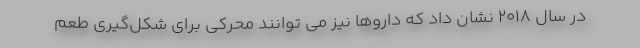
در سال 2018 نشان داد که داروها نیز می توانند محرکی برای شکل‌گیری طعم